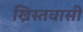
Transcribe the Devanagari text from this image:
ख्रिस्तवासी